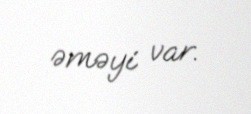
əməyi var.